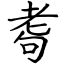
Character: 耈